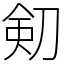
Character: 𠝏